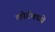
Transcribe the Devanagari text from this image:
कोर्टमध्ये